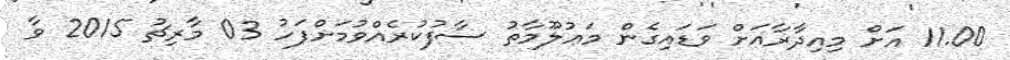
11.00 އަށް މިއިދާރާއަށް ވަޑައިގެން މަޢުލޫމާތު ސާފުކުރެއްވުމަށްފަހު 03 މާރިޗު 2015 ވާ